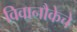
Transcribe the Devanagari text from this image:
विवानौकेचे